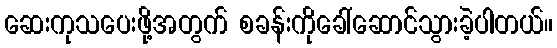
ဆေးကုသပေးဖို့အတွက် စခန်းကိုခေါ်ဆောင်သွားခဲ့ပါတယ်။